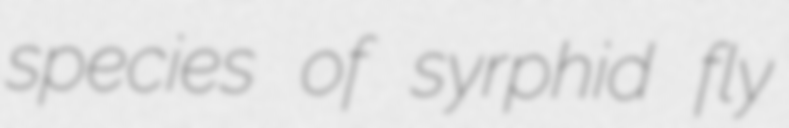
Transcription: species of syrphid fly